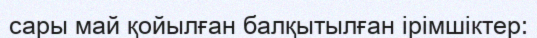
сары май қойылған балқытылған ірімшіктер: